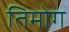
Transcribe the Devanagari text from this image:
तिमोग